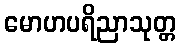
မောဟပရိညာသုတ္တ